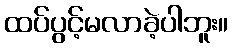
ထပ်ပွင့်မလာခဲ့ပါဘူး။